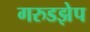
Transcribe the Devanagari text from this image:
गरुडझेप